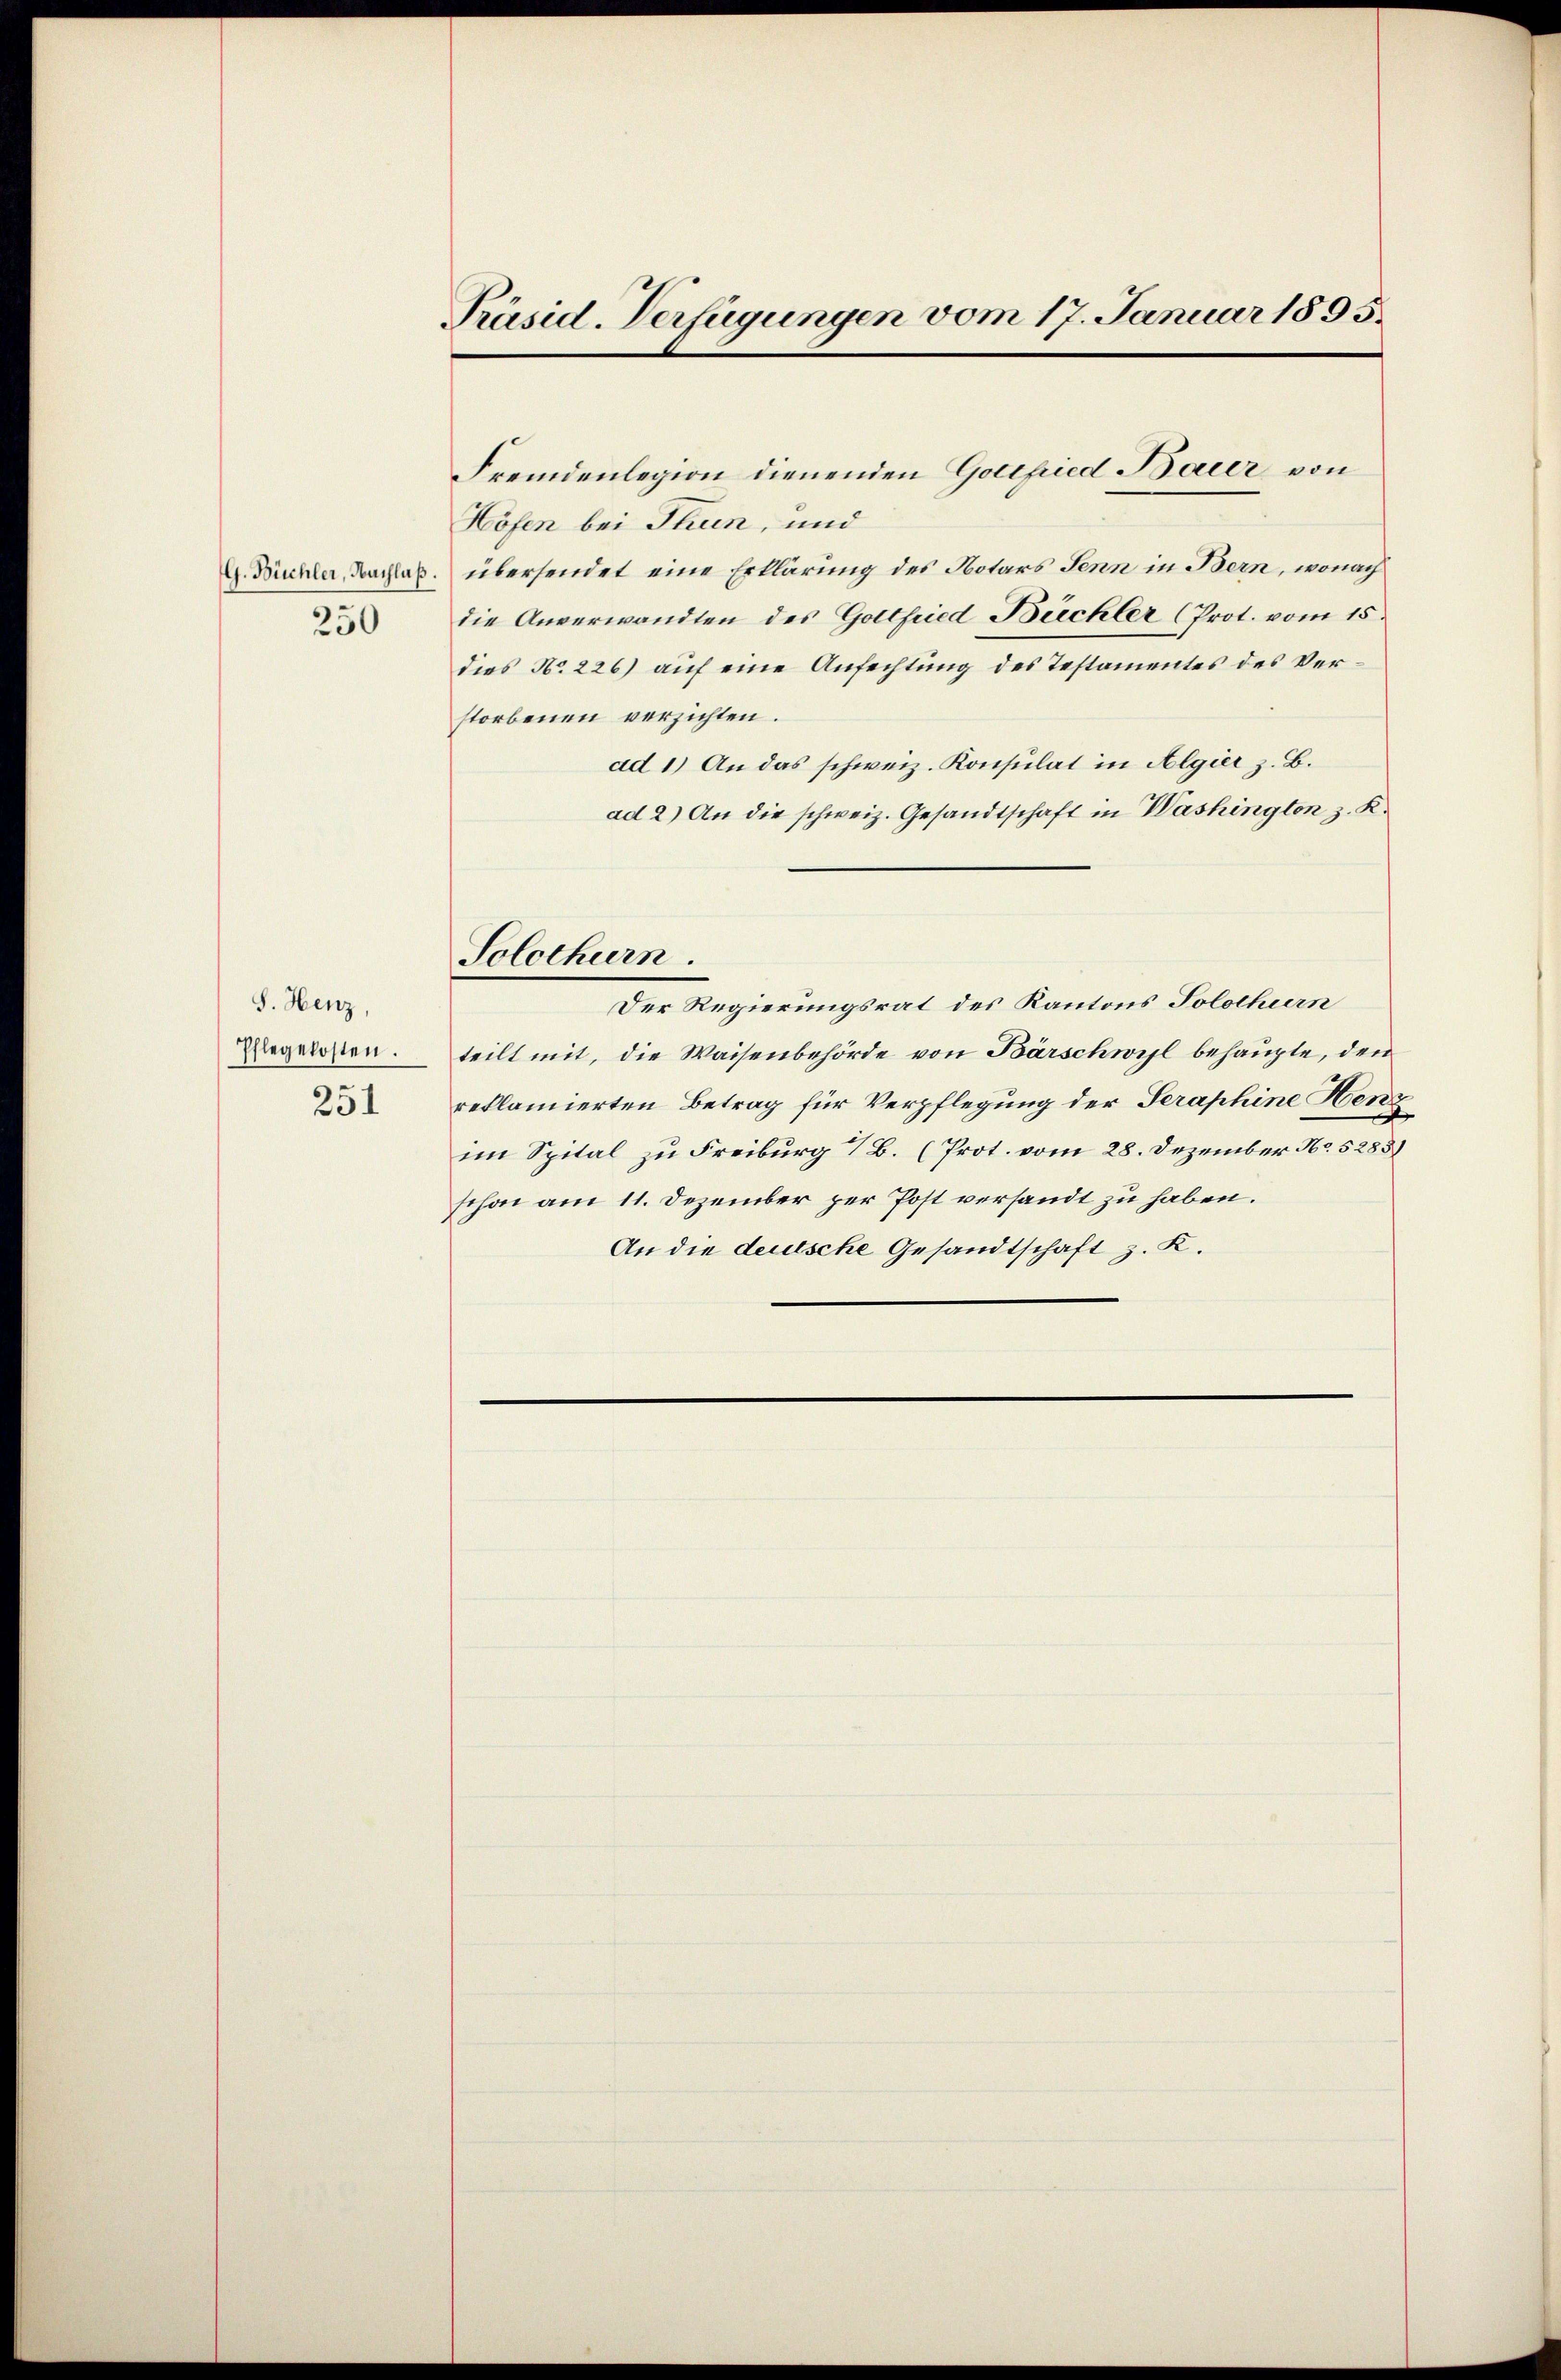
S. Henz,
Pflegelosten.
251

250

Präsid. Verfügungen vom 17. Januar 1895.

Höfen bei Thun, und
G. Bichler, Nachlaß. übersendet eine Erklärung des Notars Senn in Bern, wonach
die Anverwandten des Gottfried Büchler (Prot. vom 15.
dies No. 226) auf eine Anfechtung des Testamentes des Verstorbenen verzichten.
ad 1.) An das schweiz. Konsulat in Algie z. B.
ad 2.) An die schweiz. Gesandtschaft in Washington z. K.
Solothurn.
Der Regierungsrat des Kantons Solothurn
teilt mit, die Waisenbehörde von Bärschweil behaupte, den
reklamierten Betrag für Verpflegung der Seraphine Henz
im Spital zu Freiburg & B. (Prot. vom 28. Dezember No. 5285
schon am 11. Dezember per Post versandt zu haben.
An die deutsche Gesandtschaft z. K.

Fremdenlegion dienenden Gottfried Baier von